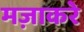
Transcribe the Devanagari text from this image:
मज़ाकरे